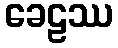
ခေဠဿ